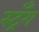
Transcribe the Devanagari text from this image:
स्ट्रँग